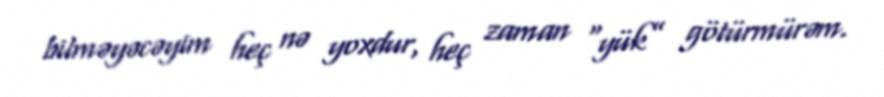
bilməyəcəyim heç nə yoxdur, heç zaman “yük” götürmürəm.